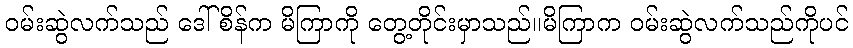
ဝမ်းဆွဲလက်သည် ဒေါ်စိန်က မိကြာကို တွေ့တိုင်းမှာသည်။မိကြာက ဝမ်းဆွဲလက်သည်ကိုပင်